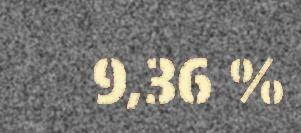
9,36 %